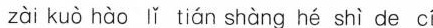
zài kuò hào lǐ tián shàng hé shì de cí